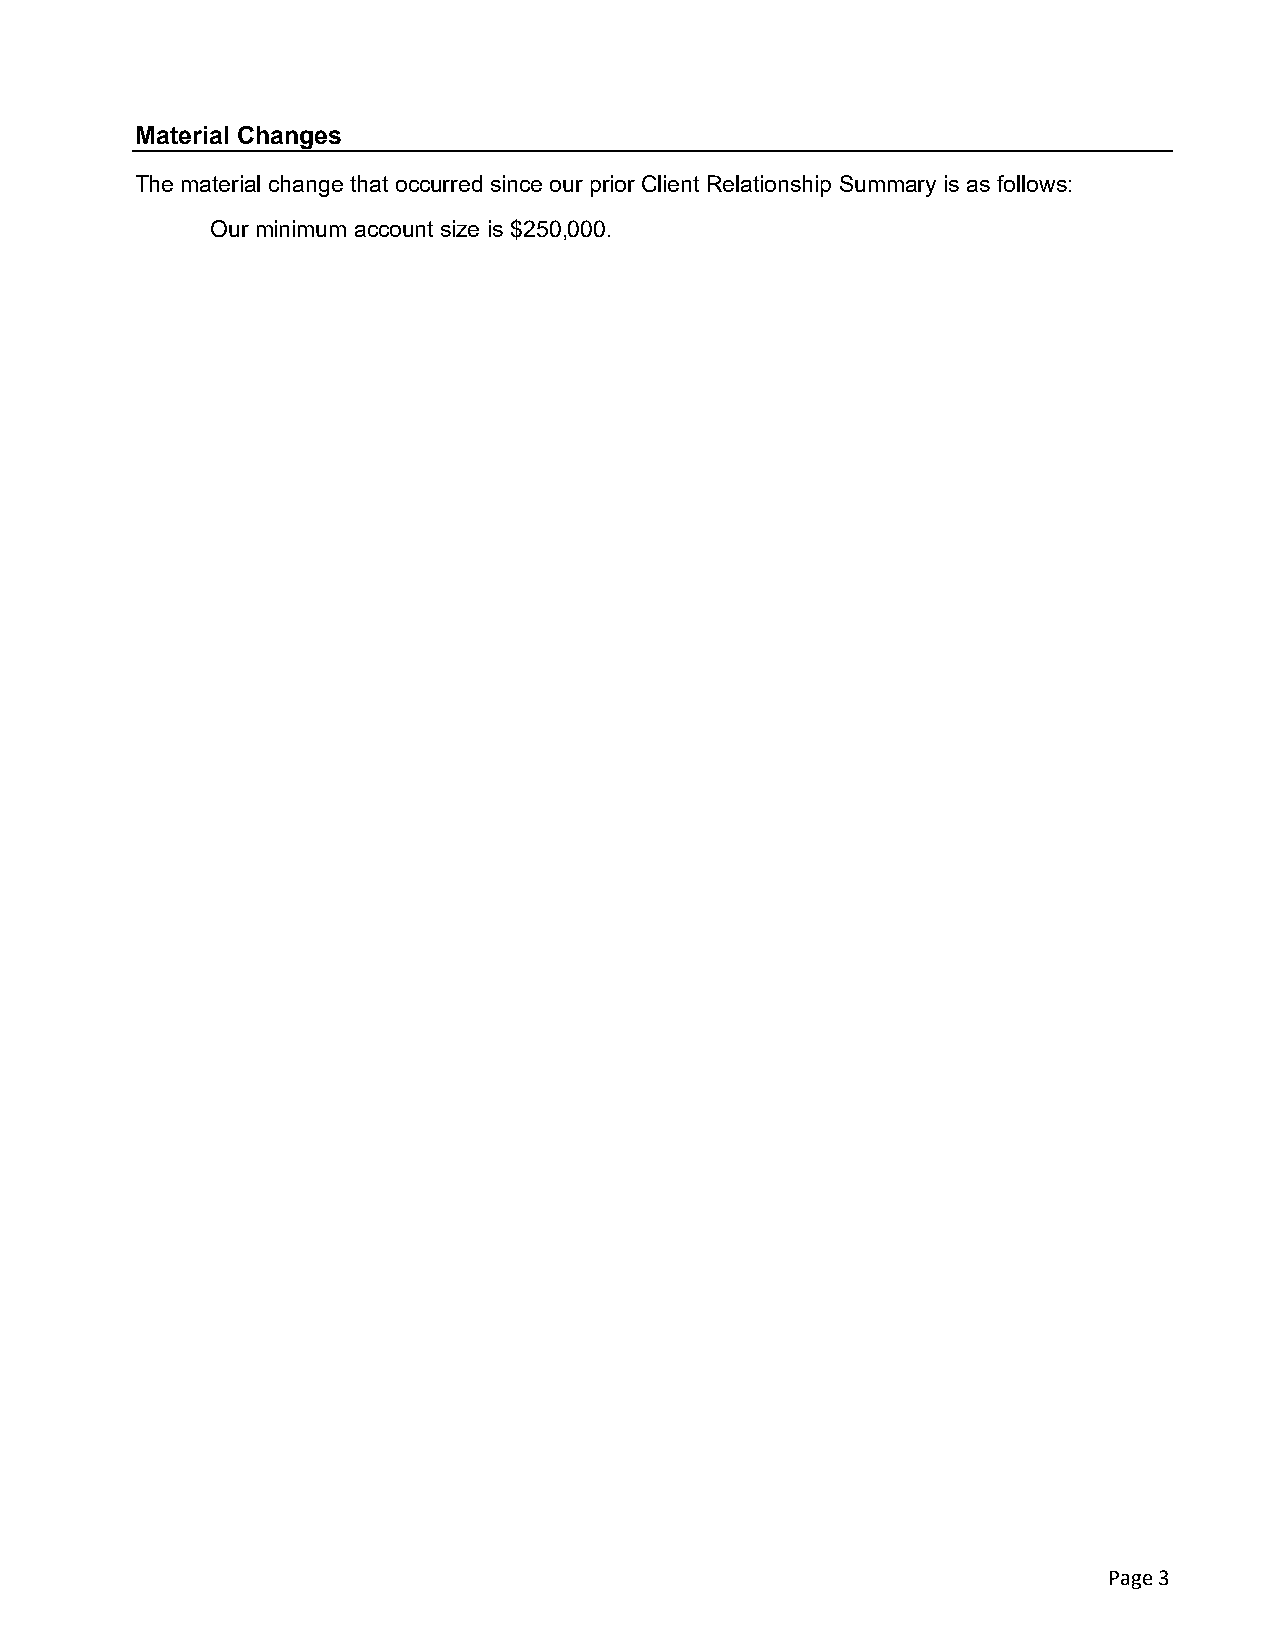
Material Changes
 The material change that occurred since our prior Client Relationship Summary is as follows:
 Our minimum account size is $250,000.
 Page 3